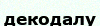
декодалу